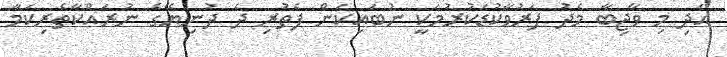
އަދި މި ވާޖިބާ މެދު ފަރުވާކުޑަކުރުމަކީ ނުބައިކަން ފެތުރި ދެ ދުނިޔޭގެ ނުރައްކާތެރިކަމާ